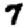
Digit: 7